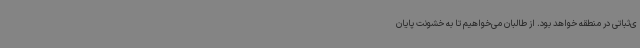
ی‌ثباتی در منطقه خواهد بود. از طالبان می‌خواهیم تا به خشونت پایان